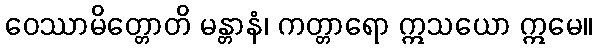
ဝေဿာမိတ္တောတိ မန္တာနံ၊ ကတ္တာရော ဣသယော ဣမေ။